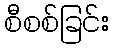
စီစစ်ခြင်း